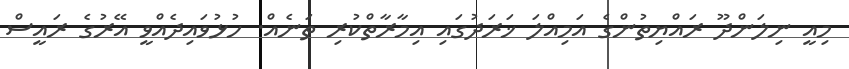
މިއީ ނިލަންދޫ ރައްޔިތުންގެ އަމިއްލަ ޚަރަދުގައި އިމާރާތްކުރި ތަނެއް. ހުޅުވައިދެއްވީ އޭރުގެ ރައީސް